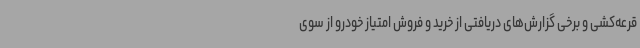
قرعه‌کشی و برخی گزارش‌های دریافتی از خرید و فروش امتیاز خودرو از سوی